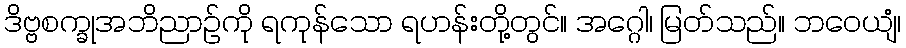
ဒိဗ္ဗစက္ခုအဘိညာဉ်ကို ရကုန်သော ရဟန်းတို့တွင်။ အဂ္ဂေါ၊ မြတ်သည်။ ဘဝေယျံ၊